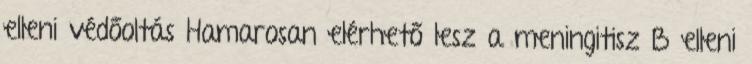
elleni védőoltás Hamarosan elérhető lesz a meningitisz B elleni